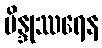
ဗိန္ဒုဿရေန